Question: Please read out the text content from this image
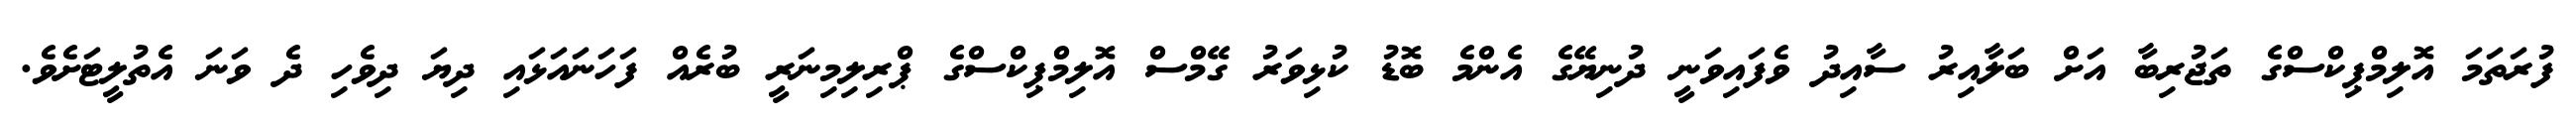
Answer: ފުރަތަމަ އޮލިމްޕިކްސްގެ ތަޖުރިބާ އަށް ބަލާއިރު ސާއިދު ވެފައިވަނީ ދުނިޔޭގެ އެންމެ ބޮޑު ކުޅިވަރު ގޭމްސް އޮލިމްޕިކްސްގެ ޕްރިލިމިނަރީ ބުރެއް ފަހަނައަޅައި ދިޔަ ދިވެހި ދެ ވަނަ އެތުލީޓަށެވެ.